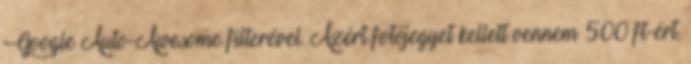
Google Auto-Awesome filterével. Azért fotójegyet kellett vennem 500 ft-ért,